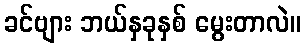
ခင်ဗျား ဘယ်နှခုနှစ် မွေးတာလဲ။